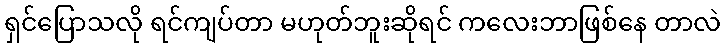
ရှင်ပြောသလို ရင်ကျပ်တာ မဟုတ်ဘူးဆိုရင် ကလေးဘာဖြစ်နေ တာလဲ